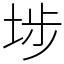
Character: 埗